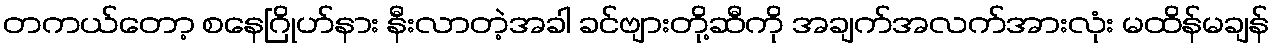
တကယ်တော့ စနေဂြိုဟ်နား နီးလာတဲ့အခါ ခင်ဗျားတို့ဆီကို အချက်အလက်အားလုံး မထိန်မချန်